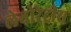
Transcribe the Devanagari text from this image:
लेबोरेट्रीस